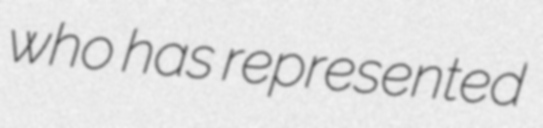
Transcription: who has represented